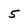
Character: 5